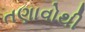
તણાવોથી